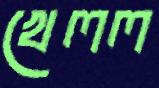
খেলল